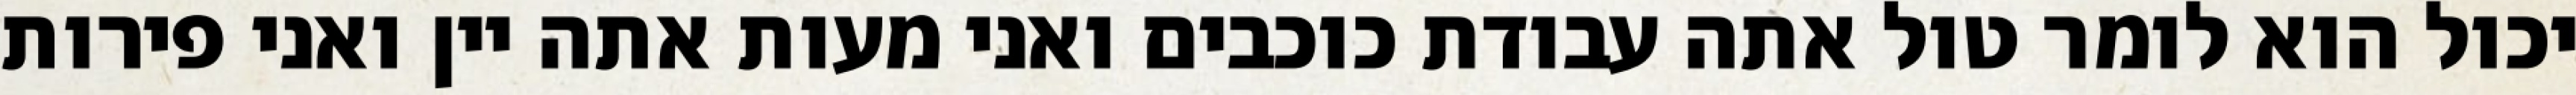
יכול הוא לומר טול אתה עבודת כוכבים ואני מעות אתה יין ואני פירות